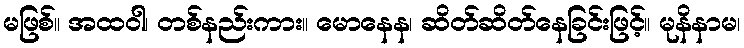
မဖြစ်။ အထဝါ၊ တစ်နည်းကား။ မောနေန၊ ဆိတ်ဆိတ်နေခြင်းဖြင့်။ မုနိနာမ၊